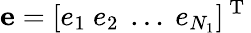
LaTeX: \mathbf{e}=[e_{1}~e_{2}~\ldots~e_{N_{1}}]^{\mathrm{~T~}}